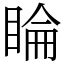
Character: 睔